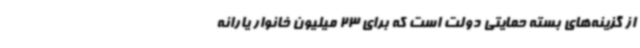
از گزینه‌های بسته حمایتی دولت است که برای 23 میلیون خانوار یارانه